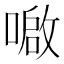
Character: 𫫤